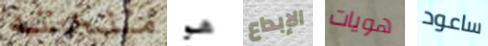
منحته هو الإبداع هويات ساعود